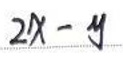
$2x - y$